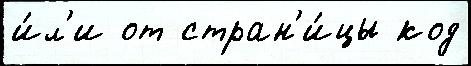
и́л'и от стран'и́цы код